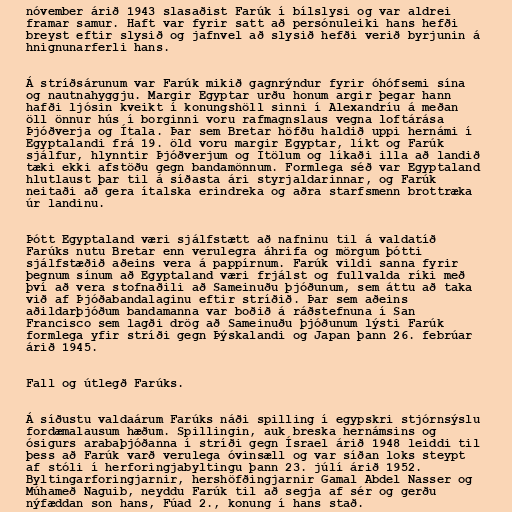
nóvember árið 1943 slasaðist Farúk í bílslysi og var aldrei
framar samur. Haft var fyrir satt að persónuleiki hans hefði
breyst eftir slysið og jafnvel að slysið hefði verið byrjunin á
hnignunarferli hans.

Á stríðsárunum var Farúk mikið gagnrýndur fyrir óhófsemi sína
og nautnahyggju. Margir Egyptar urðu honum argir þegar hann
hafði ljósin kveikt í konungshöll sinni í Alexandríu á meðan
öll önnur hús í borginni voru rafmagnslaus vegna loftárása
Þjóðverja og Ítala. Þar sem Bretar höfðu haldið uppi hernámi í
Egyptalandi frá 19. öld voru margir Egyptar, líkt og Farúk
sjálfur, hlynntir Þjóðverjum og Ítölum og líkaði illa að landið
tæki ekki afstöðu gegn bandamönnum. Formlega séð var Egyptaland
hlutlaust þar til á síðasta ári styrjaldarinnar, og Farúk
neitaði að gera ítalska erindreka og aðra starfsmenn brottræka
úr landinu.

Þótt Egyptaland væri sjálfstætt að nafninu til á valdatíð
Farúks nutu Bretar enn verulegra áhrifa og mörgum þótti
sjálfstæðið aðeins vera á pappírnum. Farúk vildi sanna fyrir
þegnum sínum að Egyptaland væri frjálst og fullvalda ríki með
því að vera stofnaðili að Sameinuðu þjóðunum, sem áttu að taka
við af Þjóðabandalaginu eftir stríðið. Þar sem aðeins
aðildarþjóðum bandamanna var boðið á ráðstefnuna í San
Francisco sem lagði drög að Sameinuðu þjóðunum lýsti Farúk
formlega yfir stríði gegn Þýskalandi og Japan þann 26. febrúar
árið 1945.

Fall og útlegð Farúks.

Á síðustu valdaárum Farúks náði spilling í egypskri stjórnsýslu
fordæmalausum hæðum. Spillingin, auk breska hernámsins og
ósigurs arabaþjóðanna í stríði gegn Ísrael árið 1948 leiddi til
þess að Farúk varð verulega óvinsæll og var síðan loks steypt
af stóli í herforingjabyltingu þann 23. júlí árið 1952.
Byltingarforingjarnir, hershöfðingjarnir Gamal Abdel Nasser og
Múhameð Naguib, neyddu Farúk til að segja af sér og gerðu
nýfæddan son hans, Fúad 2., konung í hans stað.